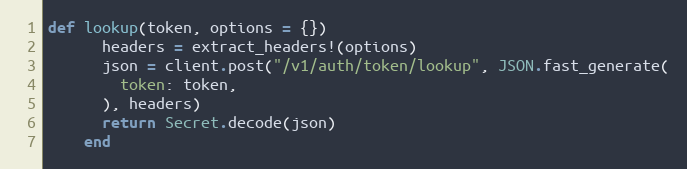
Language: Ruby
def lookup(token, options = {})
      headers = extract_headers!(options)
      json = client.post("/v1/auth/token/lookup", JSON.fast_generate(
        token: token,
      ), headers)
      return Secret.decode(json)
    end